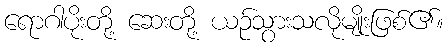
ရောဂါပိုးတို့ ဆေးတို့ ယဉ်သွားသလိုမျိုးဖြစ်၏။